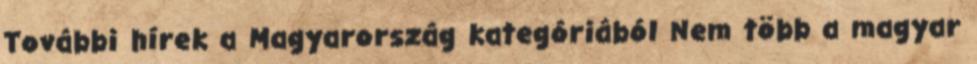
További hírek a Magyarország kategóriából Nem több a magyar